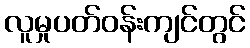
လူမှုပတ်ဝန်းကျင်တွင်